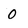
Character: 0